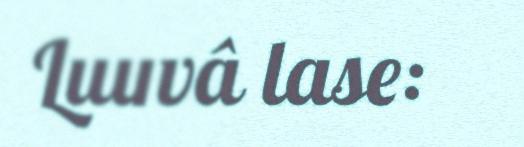
Luuvâ lase: